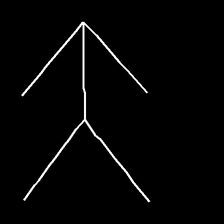
Glyph: gather